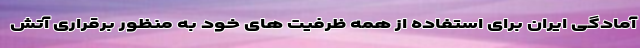
آمادگی ایران برای استفاده از همه ظرفیت های خود به منظور برقراری آتش